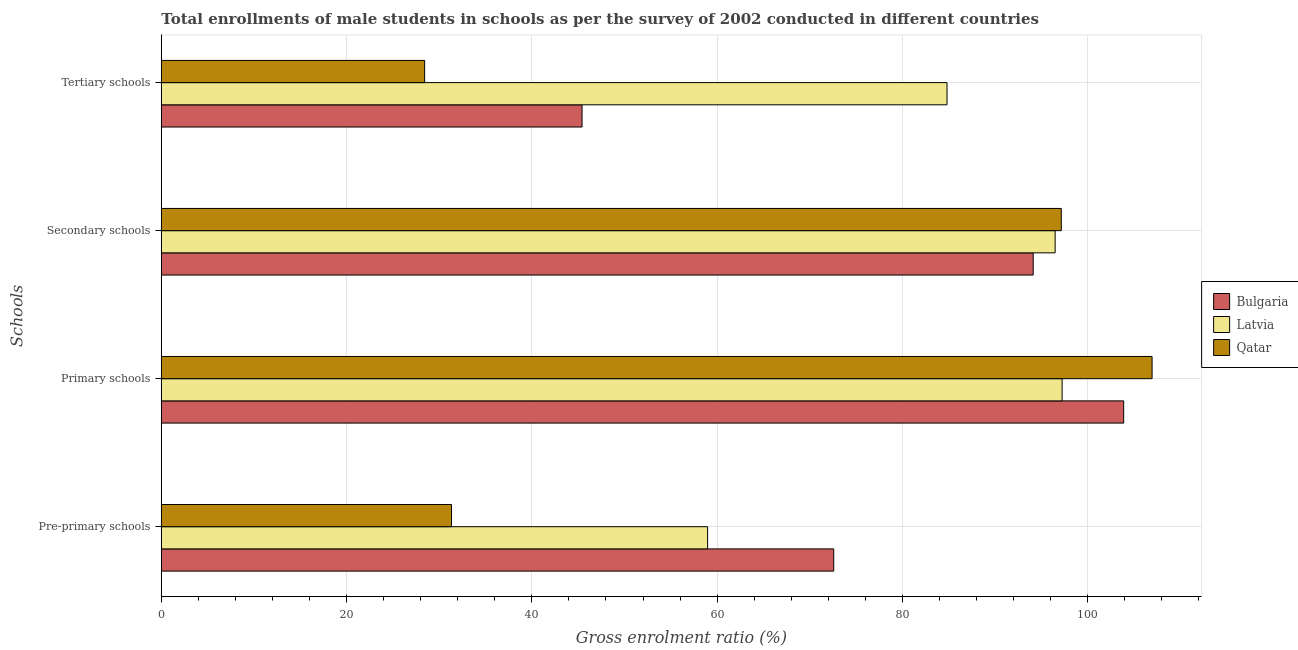
| Schools | Bulgaria | Latvia | Qatar |
 | --- | --- | --- | --- |
 | Pre-primary schools | 72.6 | 59 | 31.3 |
 | Primary schools | 104 | 97.2 | 107 |
 | Secondary schools | 94.1 | 96.5 | 97.1 |
 | Tertiary schools | 45.4 | 84.8 | 28.4 |